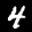
Label: 4